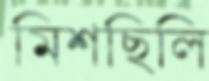
মিশছিলি